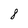
Character: 8